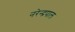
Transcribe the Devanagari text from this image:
नरेन्द्रपाल